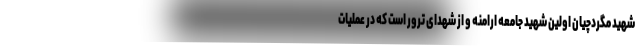
شهید مگردچیان اولین شهید جامعه ارامنه و از شهدای ترور است که در عملیات